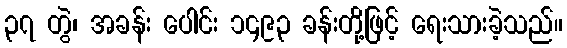
၃၇ တွဲ၊ အခန်း ပေါင်း ၁၄၉၃ ခန်းတို့ဖြင့် ရေးသားခဲ့သည်။